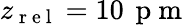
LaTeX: z_{\mathrm{~r~e~l~}}=10\, \mathrm{~p~m~}